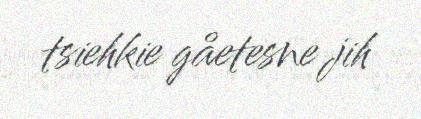
tsiehkie gåetesne jih